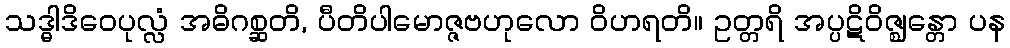
သဒ္ဓါဒိဝေပုလ္လံ အဓိဂစ္ဆတိ, ပီတိပါမောဇ္ဇဗဟုလော ဝိဟရတိ။ ဥတ္တရိ အပ္ပဋိဝိဇ္ဈန္တော ပန